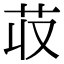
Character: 𮎢